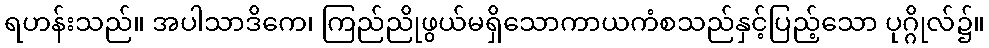
ရဟန်းသည်။ အပါသာဒိကေ၊ ကြည်ညိုဖွယ်မရှိသောကာယကံစသည်နှင့်ပြည့်သော ပုဂ္ဂိုလ်၌။